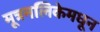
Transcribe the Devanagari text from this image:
मूत्रनलिकेमधून